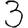
Digit: 3